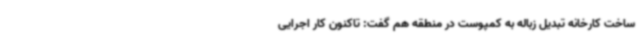
ساخت کارخانه تبدیل زباله به کمپوست در منطقه هم گفت: تاکنون کار اجرایی